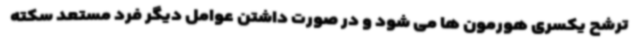
ترشح یکسری هورمون ها می شود و در صورت داشتن عوامل دیگر فرد مستعد سکته